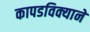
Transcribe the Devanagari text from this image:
कापडविक्याने